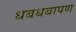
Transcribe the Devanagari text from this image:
धबधबापण